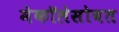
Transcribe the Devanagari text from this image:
मेकॉलेसोबत